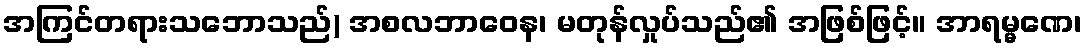
အကြင်တရားသဘောသည်) အစလဘာဝေန၊ မတုန်လှုပ်သည်၏ အဖြစ်ဖြင့်။ အာရမ္မဏေ၊